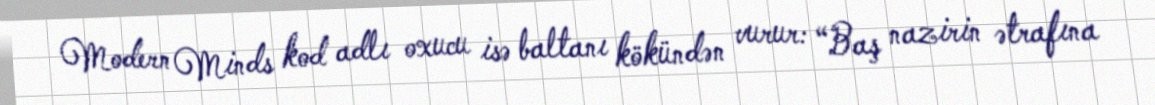
Modern Minds kod adlı oxucu isə baltanı kökündən vurur: “Baş nazirin ətrafına